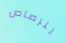
للرصاص